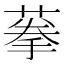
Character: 𦶸